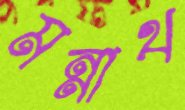
মন্নাথ